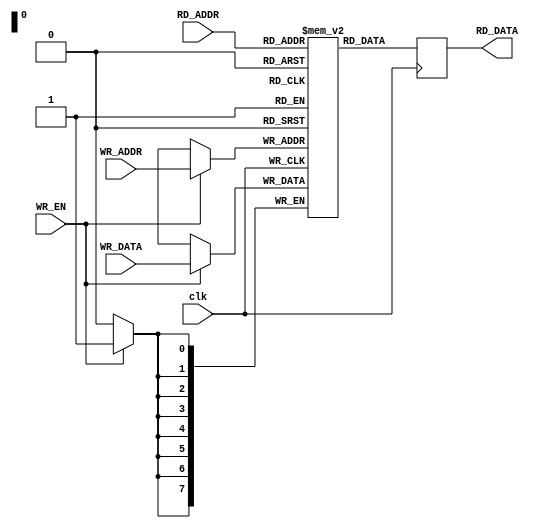
module bram1 #(
	parameter ABITS = 8, DBITS = 8, TRANSP = 0
) (
	input clk,

	input [ABITS-1:0] WR_ADDR,
	input [DBITS-1:0] WR_DATA,
	input WR_EN,

	input [ABITS-1:0] RD_ADDR,
	output [DBITS-1:0] RD_DATA
);
	localparam [ABITS-1:0] INIT_ADDR_0 = 1234;
	localparam [ABITS-1:0] INIT_ADDR_1 = 4321;
	localparam [ABITS-1:0] INIT_ADDR_2 = 2**ABITS-1;
	localparam [ABITS-1:0] INIT_ADDR_3 = (2**ABITS-1) / 2;

	localparam [DBITS-1:0] INIT_DATA_0 = 128'h 51e152a7300e309ccb8cd06d34558f49;
	localparam [DBITS-1:0] INIT_DATA_1 = 128'h 07b1fe94a530ddf3027520f9d23ab43e;
	localparam [DBITS-1:0] INIT_DATA_2 = 128'h 3cedc6de43ef3f607af3193658d0eb0b;
	localparam [DBITS-1:0] INIT_DATA_3 = 128'h f6bc5514a8abf1e2810df966bcc13b46;

	reg [DBITS-1:0] memory [0:2**ABITS-1];
	reg [ABITS-1:0] RD_ADDR_BUF;
	reg [DBITS-1:0] RD_DATA_BUF;

	initial begin
		memory[INIT_ADDR_0] <= INIT_DATA_0;
		memory[INIT_ADDR_1] <= INIT_DATA_1;
		memory[INIT_ADDR_2] <= INIT_DATA_2;
		memory[INIT_ADDR_3] <= INIT_DATA_3;
	end

	always @(posedge clk) begin
		if (WR_EN) memory[WR_ADDR] <= WR_DATA;
		RD_ADDR_BUF <= RD_ADDR;
		RD_DATA_BUF <= memory[RD_ADDR];
	end

	assign RD_DATA = TRANSP ? memory[RD_ADDR_BUF] : RD_DATA_BUF;
endmodule